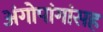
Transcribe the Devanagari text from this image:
अंगोपांगांसह